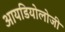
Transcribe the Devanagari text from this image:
आयडियोलोजी